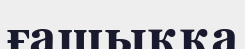
ғашыққа